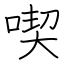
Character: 喫